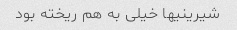
شیرینیها خیلی به هم ریخته بود